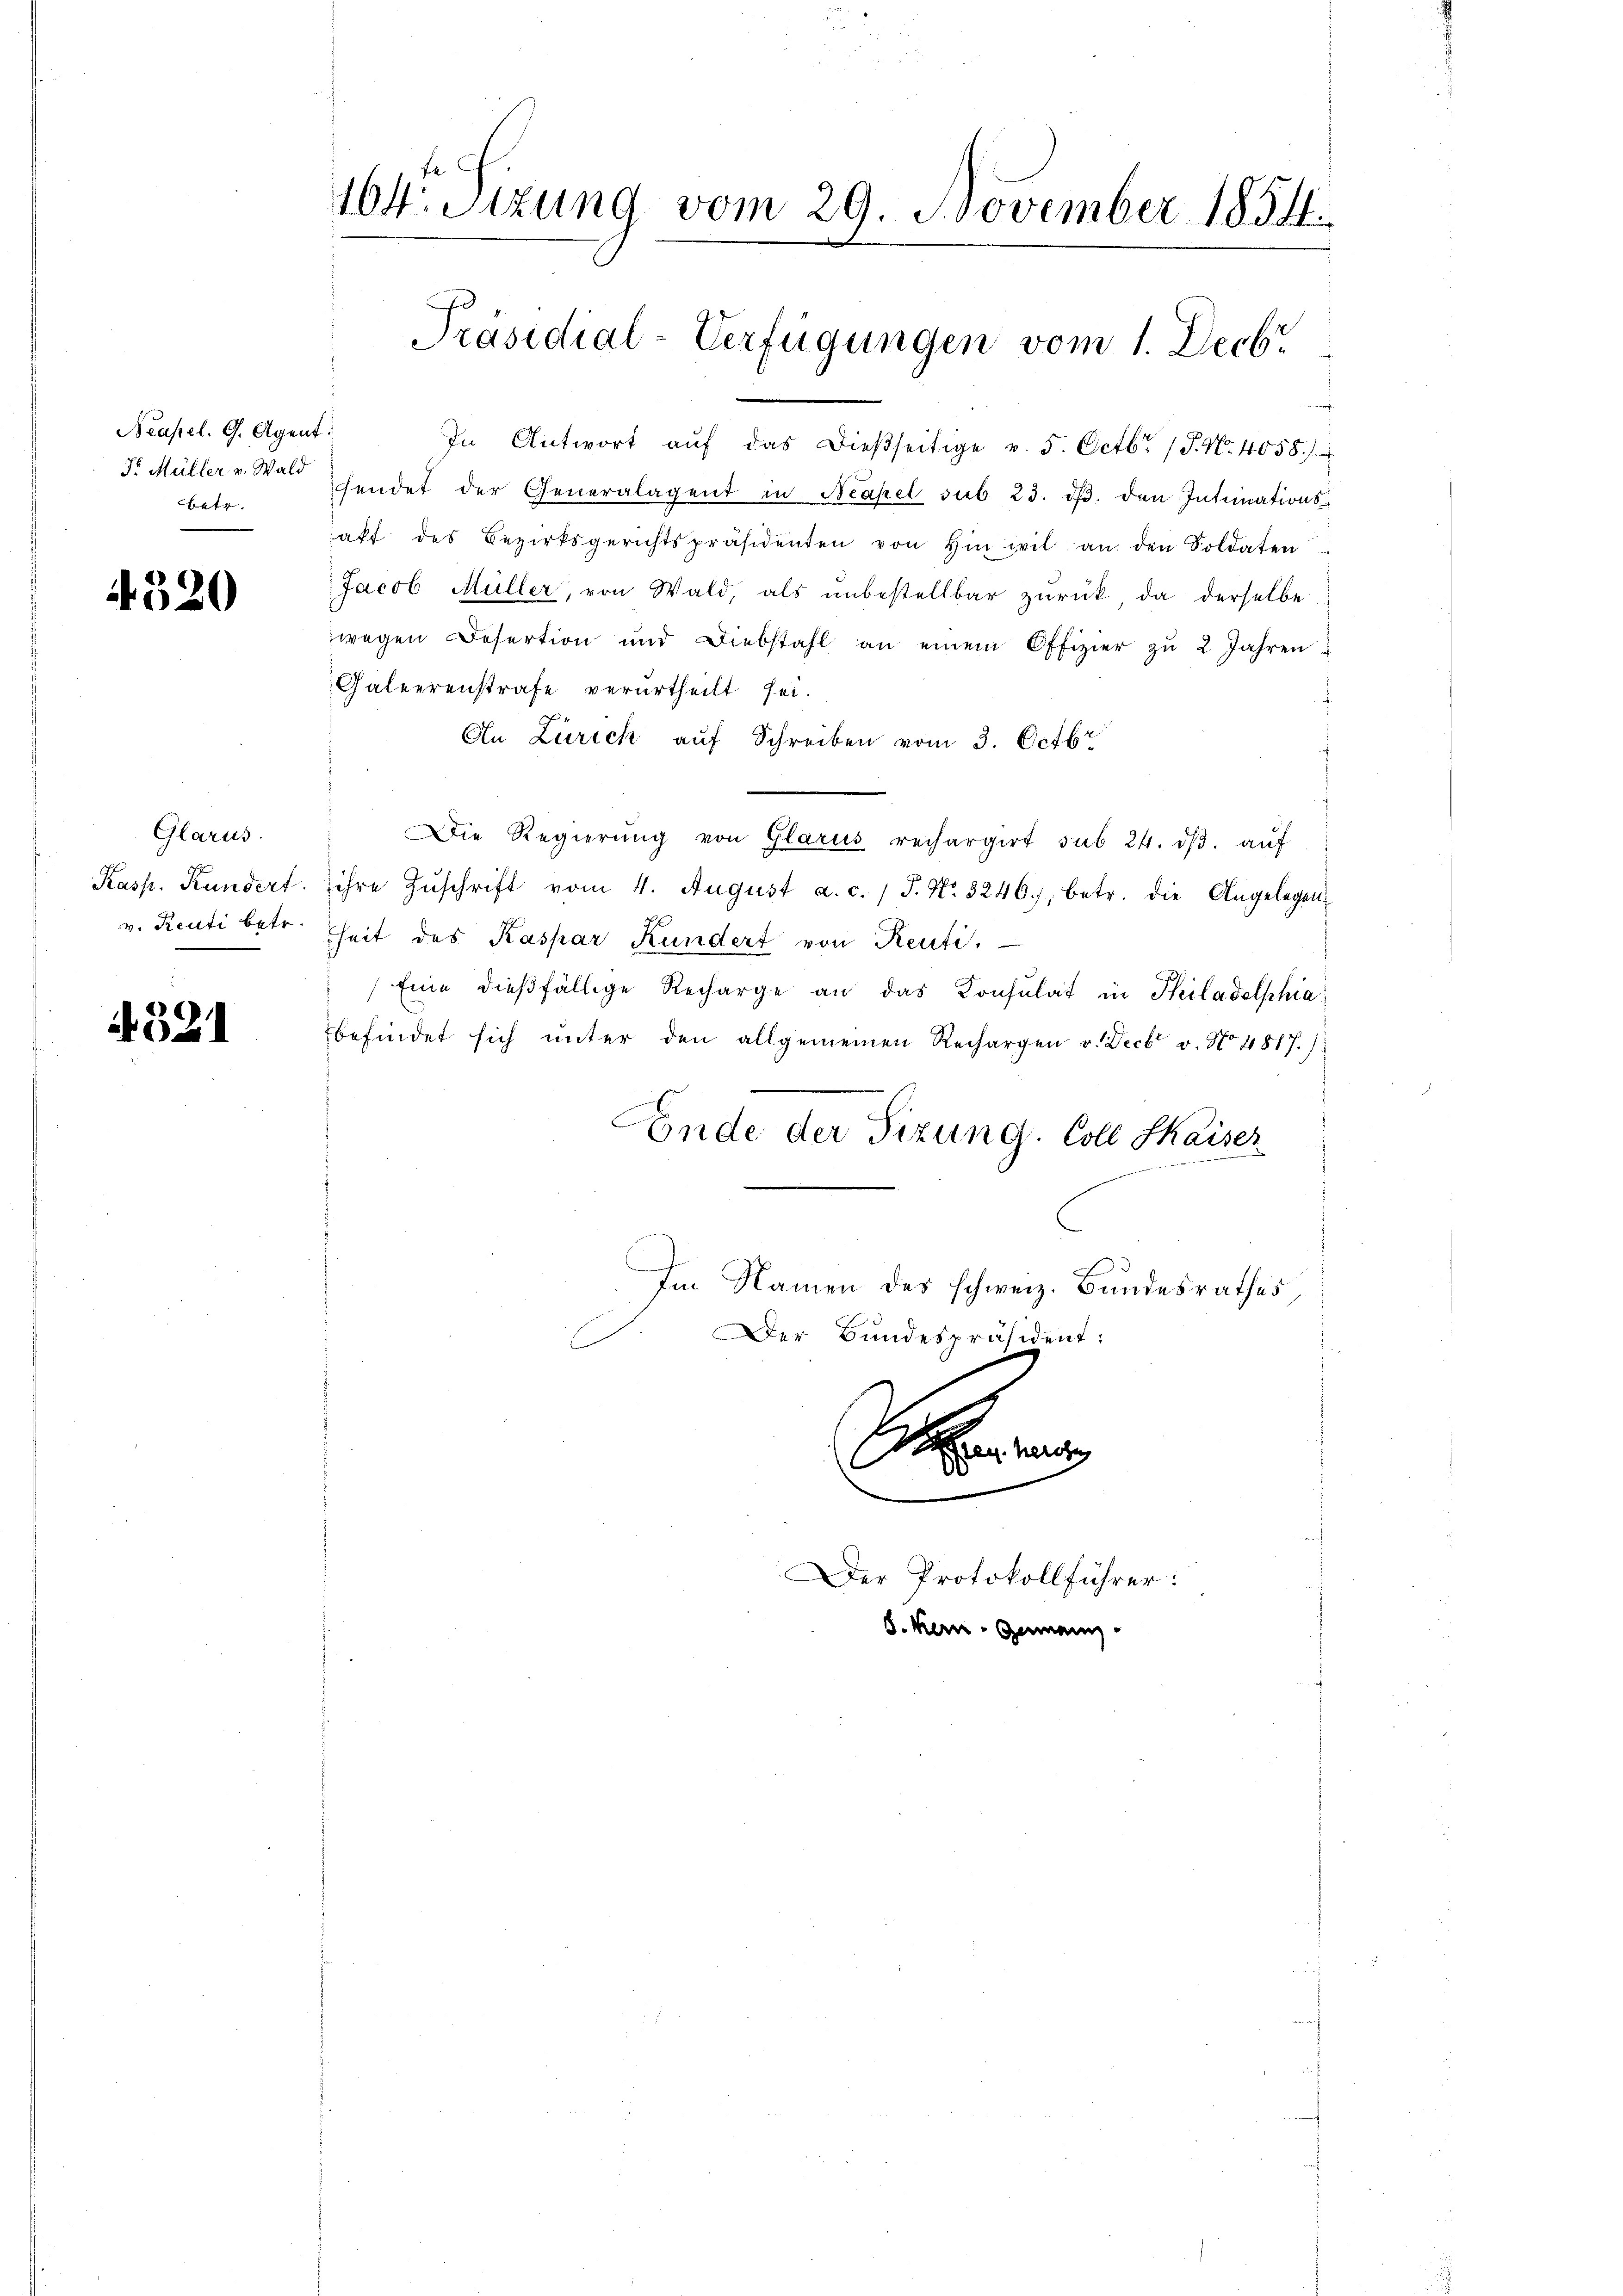
Neapel. G. Agent
Fr Müller v. Wald
Betr.

4.520

Glarus.
v. Renti betr.

4321

16trStzung vom 29. November 1854.
Präsidial-Verfügungen vom 1. Decbr

In Antwort aŭf das dießseitige v. 5. Octbr. (S. Nr. 4058.)
sendet der Generalagent in Neapel sub 23. dβ. den Intimationshakt des Bezirksgerichtspräsidenten von Hinwil an den Soldaten
Jacob Müller, von Wald, als ŭnbestellbar zŭrück, da derselbe
wegen Desertion und Diebstahl an einem Offizier zŭ 2 Jahren
Galeerenstrafe verurtheilt sei.
An Zürich aŭf Schreiben vom 3. Octbr.
Die Regierŭng von Glarus rechargirt sub 24. dβ aŭf
Kasp. Kundert. ihre Zŭschrift vom 4. August a. c. 1 S. Nr. 3246), betr. die Angelegen-
heit des Kaspar Kundert von Renti.
"Eine dießfällige Recharge an das Konsulat in Philadelphia
befindet sich unter den allgemeinen Rechargen v. Decbr v. No 4817.)
Ende der Sizung. Coll Kaiser
Im Namen des schweiz. Bundesrathes
Der Bundespräsident:
s
en ha
00
Der Protokollführer:

S. kein Gemein